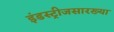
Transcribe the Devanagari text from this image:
इंडस्ट्रीजसारख्या